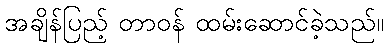
အချိန်ပြည့် တာဝန် ထမ်းဆောင်ခဲ့သည်။